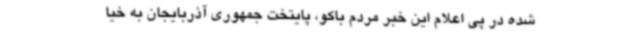
شده در پی اعلام این خبر مردم باکو، پایتخت جمهوری آذربایجان به خیا